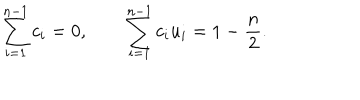
LaTeX: \sum _ { i = 1 } ^ { n - 1 } c _ { i } = 0 , \qquad \sum _ { i = 1 } ^ { n - 1 } c _ { i } u _ { i } = 1 - { \frac { n } { 2 } } .